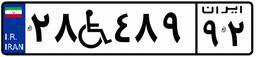
۲۸W۴۸۹۹۲